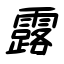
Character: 露